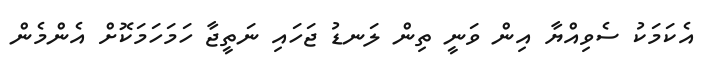
އެކަމަކު ސެވިއްޔާ އިން ވަނީ ތިން ލަނޑު ޖަހައި ނަތީޖާ ހަމަހަމަކޮށް އެންމެން